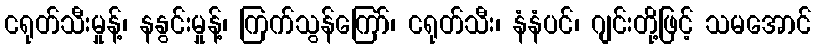
ငရုတ်သီးမှုန့်၊ နနွင်းမှုန့်၊ ကြက်သွန်ကြော်၊ ငရုတ်သီး၊ နံနံပင်၊ ဂျင်းတို့ဖြင့် သမအောင်